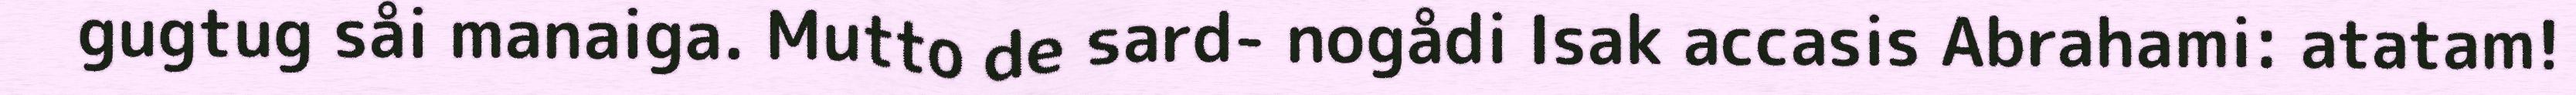
gugtug såi manaiga. Mutto de sard- nogådi Isak accasis Abrahami: atatam!